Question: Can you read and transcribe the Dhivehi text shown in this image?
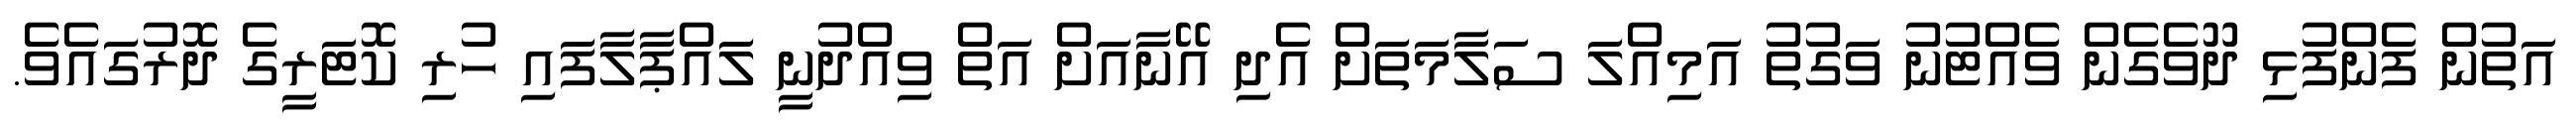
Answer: އަތުން ފެންފުޅި ދޫވެގެން ވެއްޓުނު ވަގުތު އަމިއްލަ ސަލާމަތަށް އެދި އޭނާއަށް އަތް ވިއްދުނީ ލައްޕާލާފައި ހުރި ކޮޓަރީގެ ދޮރުގައެވެ.